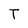
Character: T